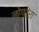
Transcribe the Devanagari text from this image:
नोग्वेरा